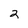
Character: 2